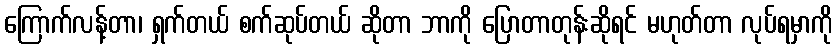
ကြောက်လန့်တာ၊ ရှက်တယ် စက်ဆုပ်တယ် ဆိုတာ ဘာကို ပြောတာတုန်းဆိုရင် မဟုတ်တာ လုပ်ရမှာကို